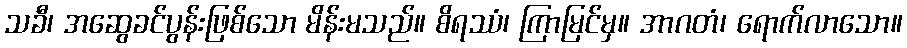
သခီ၊ အဆွေခင်ပွန်းဖြစ်သော မိန်းမသည်။ စိရဿံ၊ ကြာမြင်မှ။ အာဂတံ၊ ရောက်လာသော။